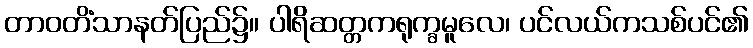
တာဝတိံသာနတ်ပြည်၌။ ပါရိဆတ္တကရုက္ခမူလေ၊ ပင်လယ်ကသစ်ပင်၏